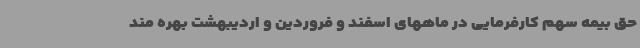
حق بیمه سهم کارفرمایی در ماههای اسفند و فروردین و اردیبهشت بهره مند